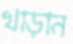
খাড়ান